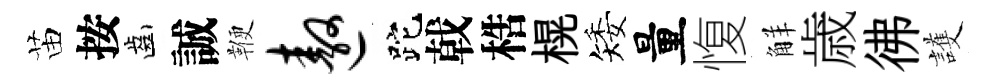
苗按齒誠鞭遨跎戟梏榥矮量愎觧歳彿護